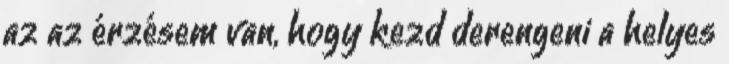
az az érzésem van, hogy kezd derengeni a helyes